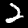
Label: 2